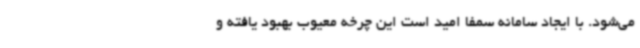
می‌شود. با ایجاد سامانه سمفا امید است این چرخه معیوب بهبود یافته و